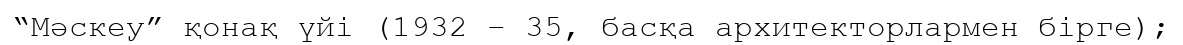
“Мәскеу” қонақ үйі (1932 – 35, басқа архитекторлармен бірге);